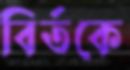
বির্তকে